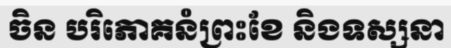
ចិន បរិភោគនំព្រះខែ និងទស្សនា